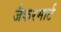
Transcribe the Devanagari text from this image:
जैकरमार्ट